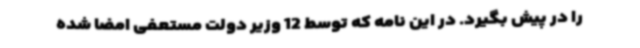
را در پیش بگیرد. در این نامه که توسط 12 وزیر دولت مستعفی امضا شده